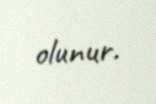
olunur.